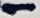
Text: 1